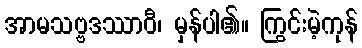
အာမသဗ္ဗဒဿာဝီ၊ မှန်ပါ၏။ ကြွင်းမဲ့ကုန်